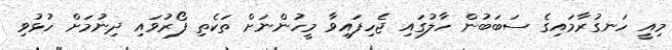
މިއީ ހަނގުރާމައިގެ ސަބަބުން ހާލުގައި ޖެހިފައިވާ މީހުންނަށް ތަކެތި ފޯރުވައި ދިނުމަށް ހުޅުވި